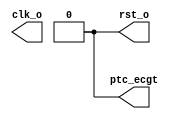
module clkrst(clk_o, rst_o, ptc_ecgt);

//
// I/O ports
//
output	clk_o;	// Clock
output	rst_o;	// Reset
output	ptc_ecgt; // (External) PTC clock/gate

//
// Internal regs
//
reg	clk_o;	// Clock
reg	rst_o;	// Reset
reg	ptc_ecgt; // PTC clock/gate

initial begin
	clk_o = 0;
	rst_o = 1;
	ptc_ecgt = 0;
	#20;
	rst_o = 0;
end

//
// Clock
//
always #4 clk_o = ~clk_o;

//
// PTC clock/gate generator
//
task gen_ptc_ecgt;
input	[31:0]	cycles;
integer 	i;
begin
	if (cycles == -1)
		ptc_ecgt = 1;
	else
	for (i = 2 * cycles; i; i = i - 1) begin
		#4 ptc_ecgt = ~ptc_ecgt;
		if (i % 20000 == 19999)
			$write(".");
	end
end
endtask

endmodule